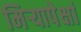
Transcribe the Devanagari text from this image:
मिऱ्यापेक्षां